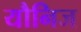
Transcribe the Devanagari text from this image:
यौनिज